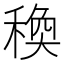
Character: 𥠅